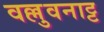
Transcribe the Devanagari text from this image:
वल्लुवनाट्ट